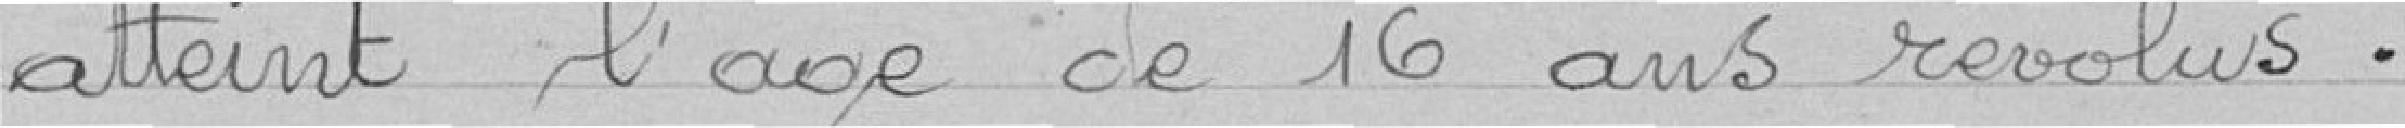
atteint l'age de 16 ans révolus